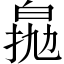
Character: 𤽵